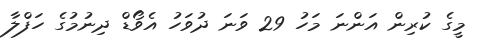
މީގެ ކުރިން އަންނަ މަހު 29 ވަނަ ދުވަހު އެވޯޑް ދިނުމުގެ ހަފްލާ